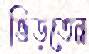
ভিড়তেন